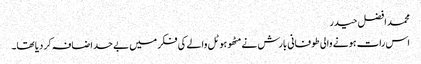
محمد افضل حیدر
اس رات ہونے والی طوفانی بارش نے مٹھو ہوٹل والے کی فکر میں بے حد اضافہ کر دیا تھا۔